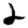
Digit: 2